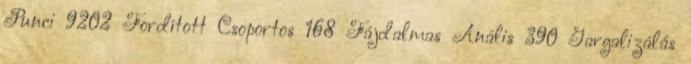
Punci 9202 Fordított Csoportos 168 Fájdalmas Anális 390 Gargalizálás